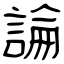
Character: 論